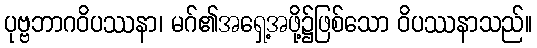
ပုဗ္ဗဘာဂဝိပဿနာ၊ မဂ်၏အရှေ့အဖို့၌ဖြစ်သော ဝိပဿနာသည်။